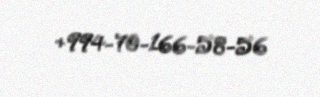
+994-70-166-58-56